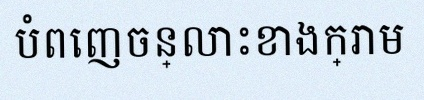
បំពេញចន្លោះខាងក្រោម